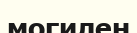
могилен